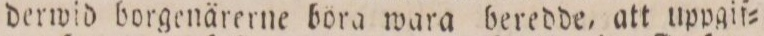
derwid borgenärerne böra wara beredde, att uppgif=